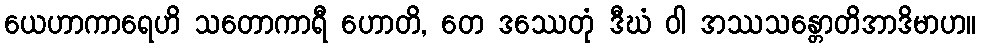
ယေဟာကာရေဟိ သတောကာရီ ဟောတိ, တေ ဒဿေတုံ ဒီဃံ ဝါ အဿသန္တောတိအာဒိမာဟ။